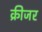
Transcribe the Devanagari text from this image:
क्रीजर